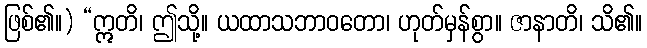
ဖြစ်၏။) “ဣတိ၊ ဤသို့။ ယထာသဘာဝတော၊ ဟုတ်မှန်စွာ။ ဇာနာတိ၊ သိ၏။